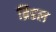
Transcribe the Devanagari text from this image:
ब्रिडल